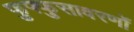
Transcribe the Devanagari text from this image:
फुफ्फुसावरणों